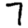
Digit: 7